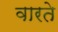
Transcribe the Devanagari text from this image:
वारते